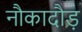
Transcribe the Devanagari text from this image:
नौकादौड़